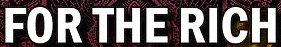
FOR THE RICH